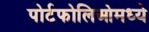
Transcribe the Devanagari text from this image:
पोर्टफोलिओमध्ये